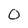
Character: 0